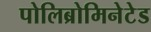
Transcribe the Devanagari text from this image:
पोलिब्रोमिनेटेड